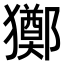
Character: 𤣀